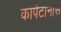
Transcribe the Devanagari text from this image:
कापेटानोस